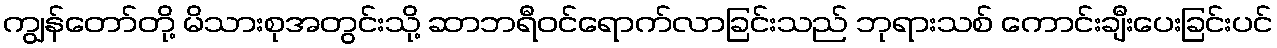
ကျွန်တော်တို့ မိသားစုအတွင်းသို့ ဆာဘရီဝင်ရောက်လာခြင်းသည် ဘုရားသစ် ကောင်းချီးပေးခြင်းပင်